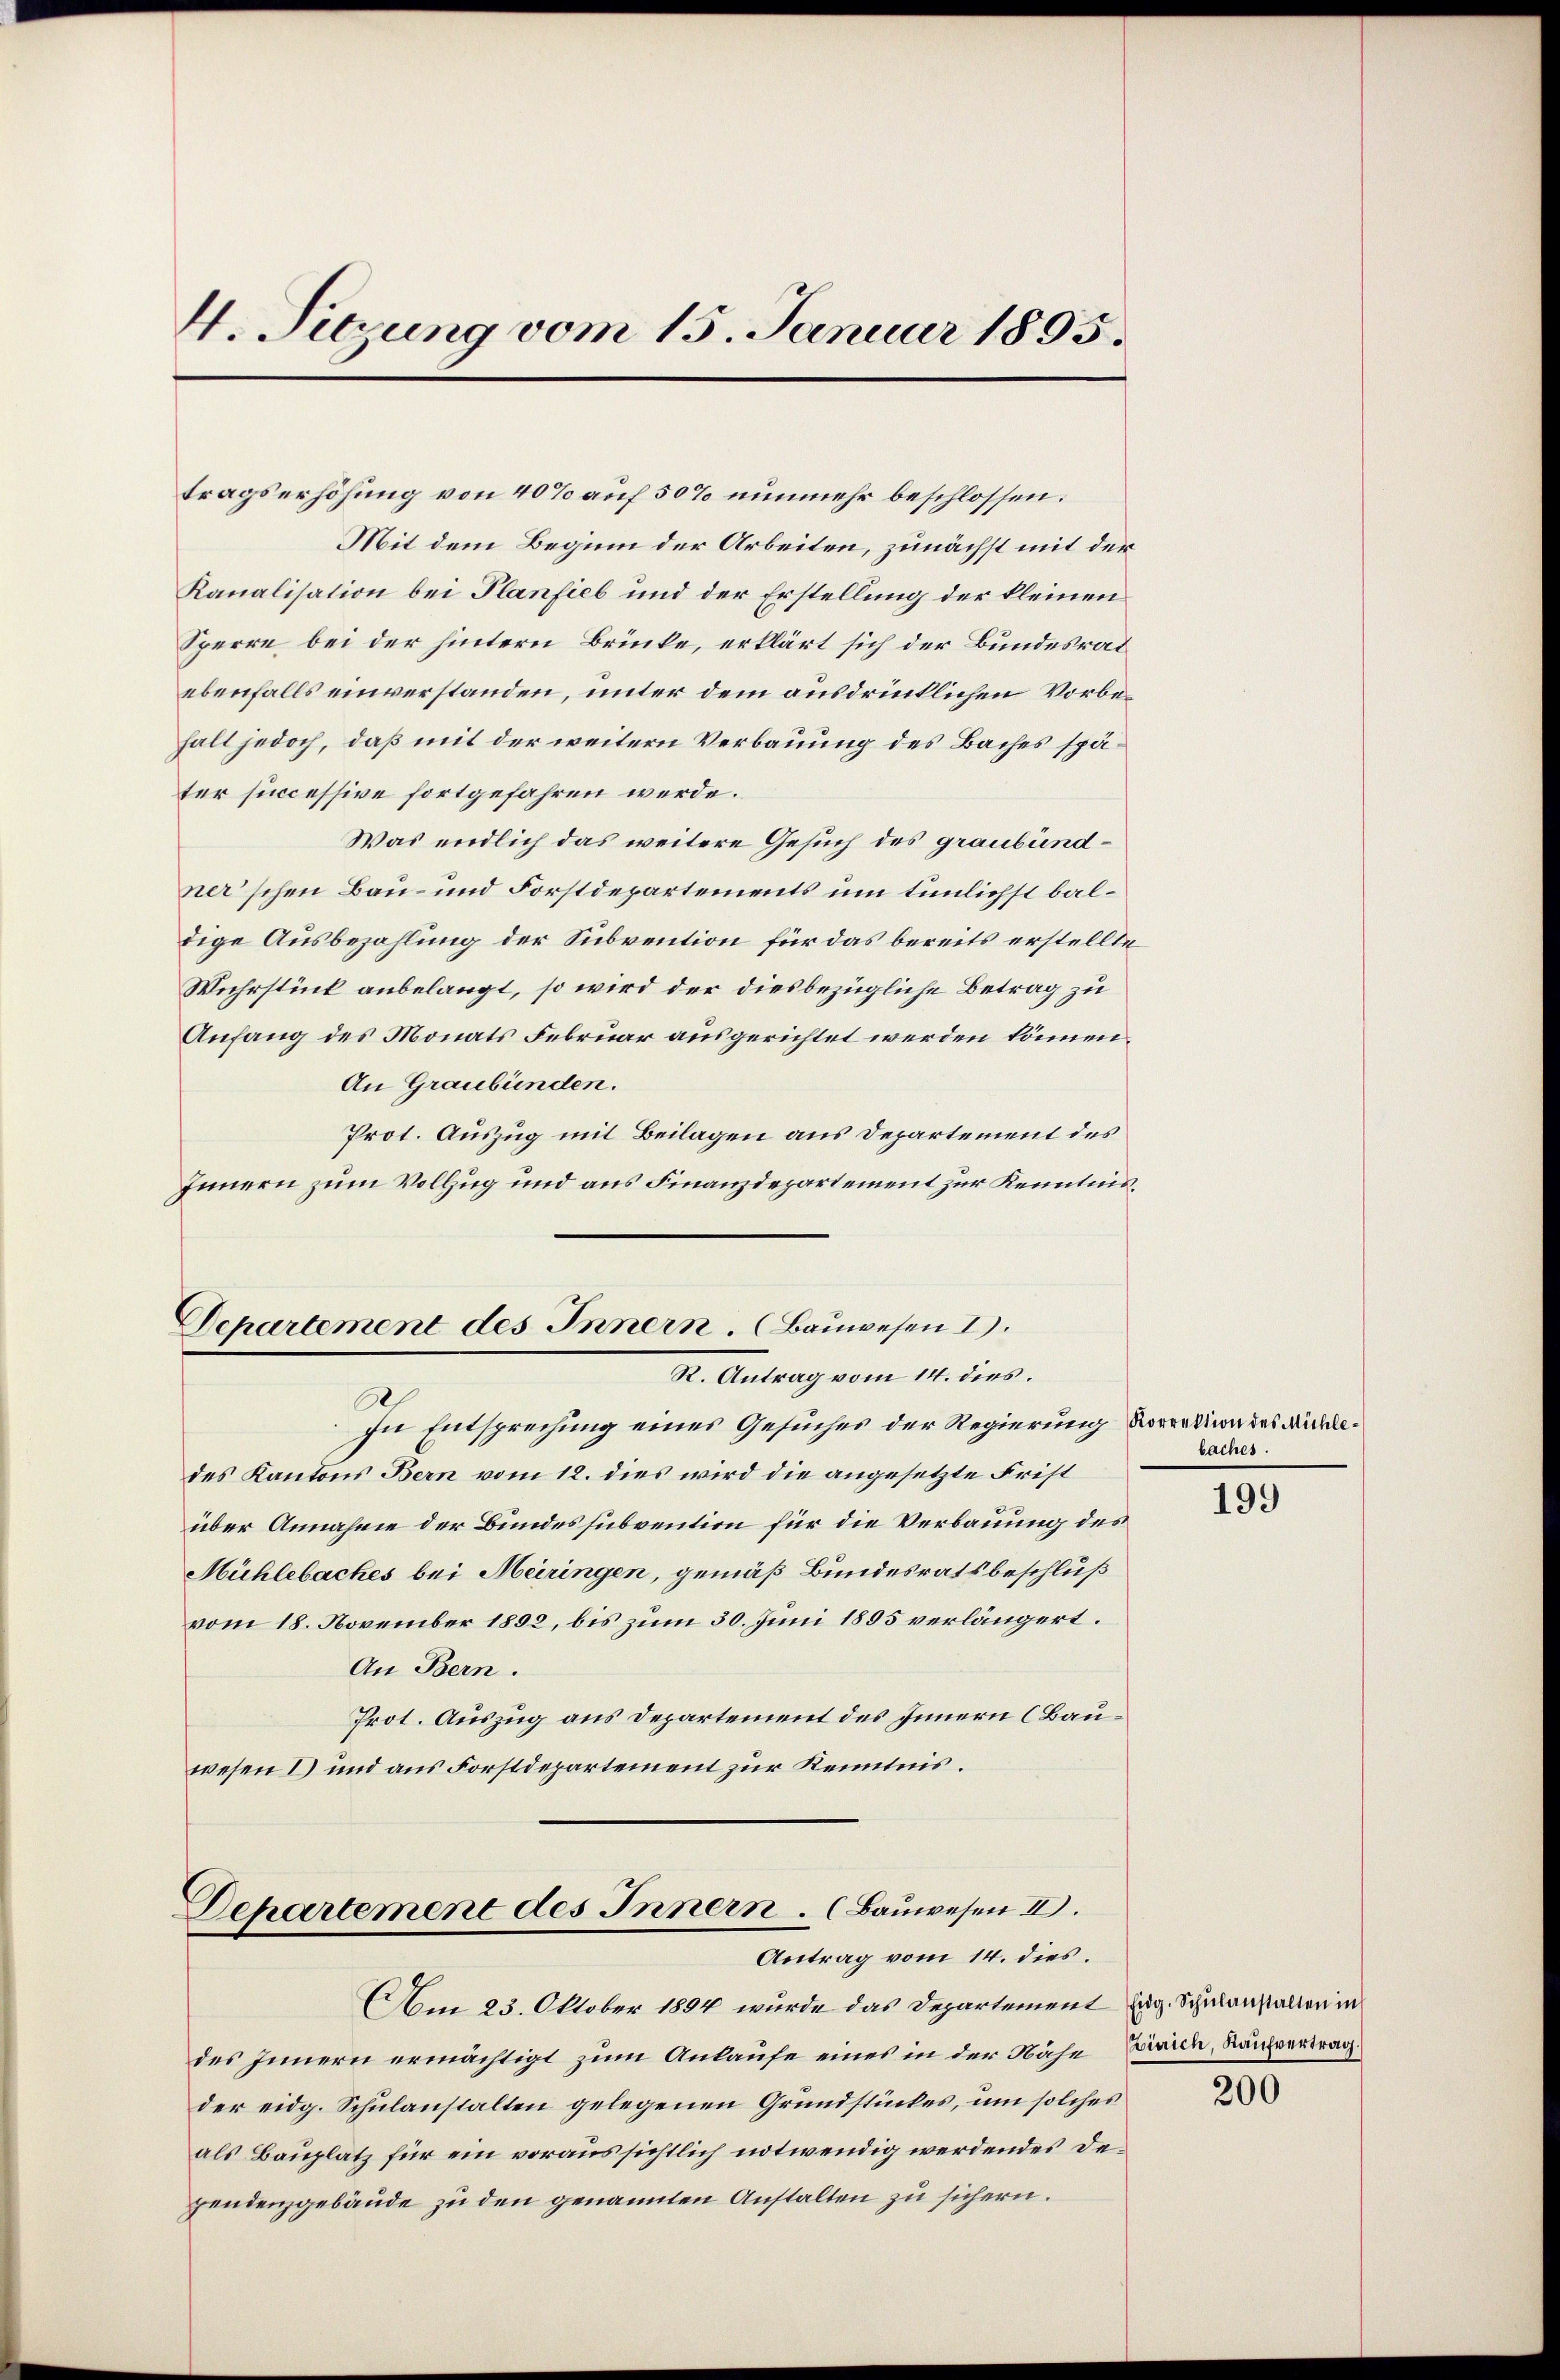
4. Sitzung vom 15. Januar 1895.

tragserhöhung von 40% auf 50% nunmehr beschlossen:
Mit dem Beginn der Arbeiten, zunächst mit der
Kanalisation bei Planfiel und der Erstellung der kleinen
Sperre bei der hintern Brünke, erklärt sich der Bundesrat
ebenfalls einverstanden, unter dem ausdrücklichen Vorbefall jedoch, daß mit der weitern Verbauung des Baches später sincessive fortgefahren werde.
Was endlich das weitere Gesuch des graubündner'schen Bau- und Forstdepartements um tunlichst baldige Ausbezahlung der Subvention für das bereits erstellte
Wuhrstück anbelangt, so wird der diesbezügliche Betrag zu
Anfang des Monats Februar ausgerichtet werden können.
An Graubünden.
Prot. Auszug mit Beilagen aus Departement des
Innern zum Vollzug und aus Finanzdepartement zur Kenntnis¬
Departement des Innern. (Bauwesen I
R. Antrag vom 14. dies.
In Entsprechung eines Gesuches der Regierung
des Kantons Bern vom 12. dies wird die angesetzte Frist
über Annahme der Bundessubvention für die Verbauung des
Mühlebaches bei Meiringen, gemäß Bundesratsbeschluß
vom 18. November 1892, bis zum 30. Juni 1895 verlängert.
An Bern.
Prot. Auszug aus Departement des Innern (Bauwesen 1) und aus Forstdepartement zur Kenntnis.

Behartement des Innern. (Bauwesen II.
Antrag vom 14. dies.

Am 23. Oktober 1894 wurde das Departement Eug. Schulanstalten in
des Innern ermächtigt zum Ankaufe eines in der Nähe
der eidg. Schulanstalten gelegenen Grundstückes, um solches
als Bauplatz für ein voraussichtlich notwendig werdendes Dezendenzgebäude zu den genannten Anstalten zu sichern.

Korrektion des Michlebaches.

199

Zürich, Kaufvertrag.)

200